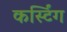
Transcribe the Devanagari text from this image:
कर्स्टिंग